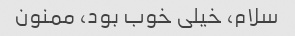
سلام، خیلی خوب بود، ممنون